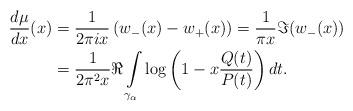
LaTeX: \begin{align*} \frac{d\mu}{dx}(x) &=\frac{1}{2\pi i x}\left(w_{-}(x)-w_{+}(x)\right) = \frac{1}{\pi x} \Im (w_{-}(x))\\&=\frac{1}{2\pi^2 x}\Re \int\limits_{\gamma_{\alpha}}\log\left(1-x\frac{Q(t)}{P(t)}\right) dt.\end{align*}